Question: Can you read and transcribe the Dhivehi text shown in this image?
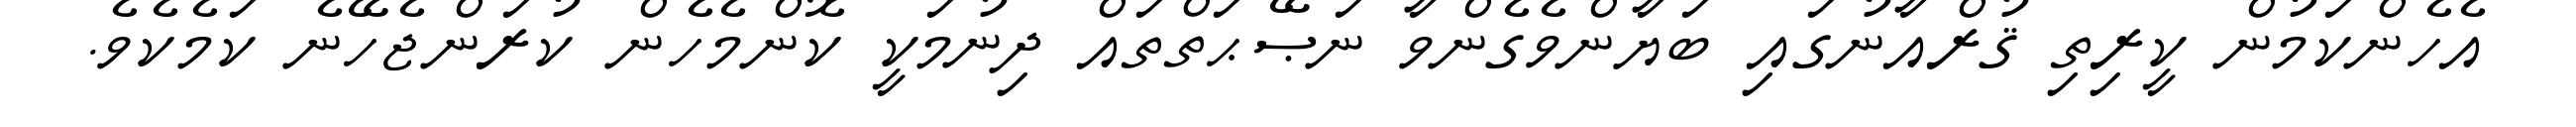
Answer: އެހެންކަމުން ކީރިތި ޤުރްއާނުގައި ބަޔާންވެގެންވާ ނަޞޭޙަތްތައް ދިނުމަކީ ކޮންމެހެން ކުރަންޖެހޭނެ ކަމެކެވެ.